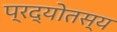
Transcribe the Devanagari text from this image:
प्रद्योतस्य